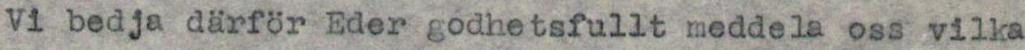
Vi bedja därför Eder godhetsfullt meddela oss vilka